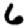
Digit: 6